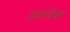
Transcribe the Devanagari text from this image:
उठायेस